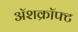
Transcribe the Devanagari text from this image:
ॲशक्रॉफ्ट